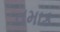
તમાક